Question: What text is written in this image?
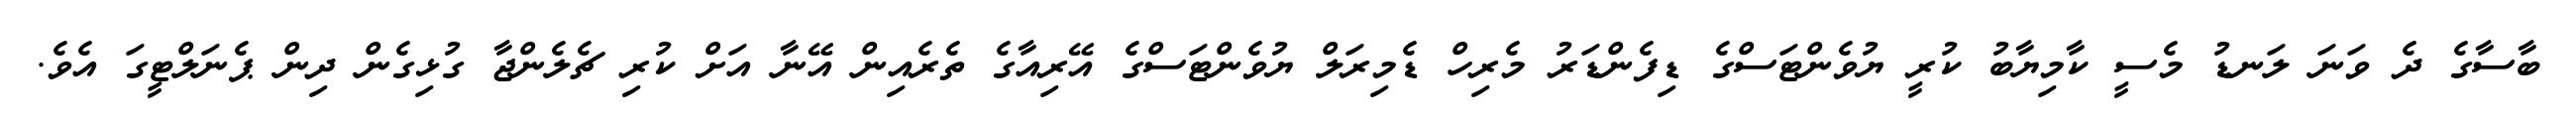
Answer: ބާސާގެ ދެ ވަނަ ލަނޑު މެސީ ކާމިޔާބު ކުރީ ޔުވެންޓަސްގެ ޑިފެންޑަރު މެރިހް ޑެމިރަލް ޔުވެންޓަސްގެ އޭރިއާގެ ތެރެއިން އޭނާ އަށް ކުރި ޗެލެންޖާ ގުޅިގެން ދިން ޕެނަލްޓީގަ އެވެ.